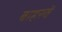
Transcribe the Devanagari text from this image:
बाहरवें